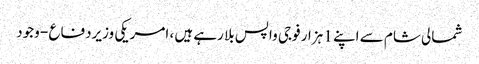
شمالی شام سے اپنے 1 ہزار فوجی واپس بلا رہے ہیں ، امریکی وزیردفاع - وجود